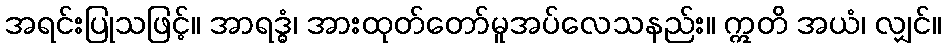
အရင်းပြုသဖြင့်။ အာရဒ္ဓံ၊ အားထုတ်တော်မူအပ်လေသနည်း။ ဣတိ အယံ၊ လျှင်။